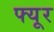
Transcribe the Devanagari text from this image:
फ्यूर